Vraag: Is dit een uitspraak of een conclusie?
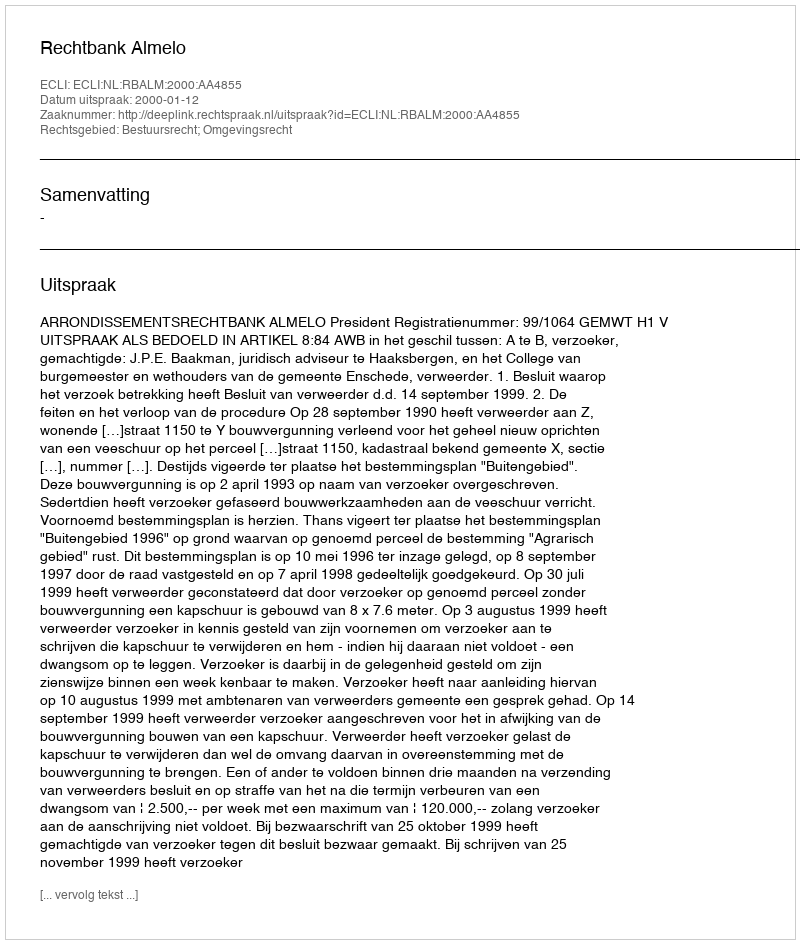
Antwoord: Uitspraak